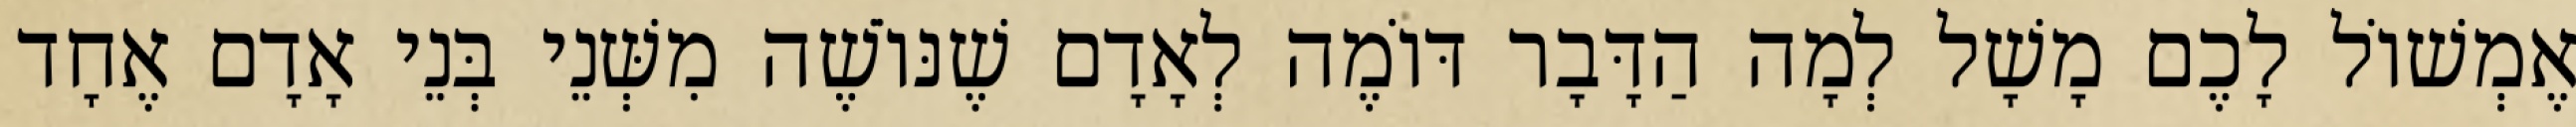
אֶמְשׁוֹל לָכֶם מָשָׁל לְמָה הַדָּבָר דּוֹמֶה לְאָדָם שֶׁנּוֹשֶׁה מִשְּׁנֵי בְּנֵי אָדָם אֶחָד